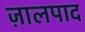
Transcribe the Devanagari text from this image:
ज़ालपाद